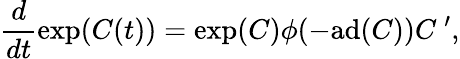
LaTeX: {\frac{d}{dt}}\mathrm{exp}(C(t))=\mathrm{exp}(C)\phi(-\mathrm{ad}(C))C~^{\prime},